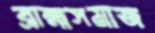
ব্রাহ্মসমাজ